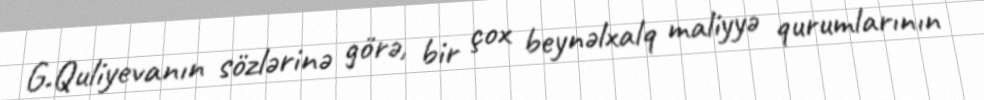
G.Quliyevanın sözlərinə görə, bir çox beynəlxalq maliyyə qurumlarının